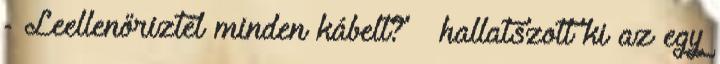
- Leellenőriztél minden kábelt? – hallatszott ki az egy